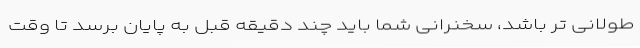
طولانی تر باشد، سخنرانی شما باید چند دقیقه قبل به پایان برسد تا وقت